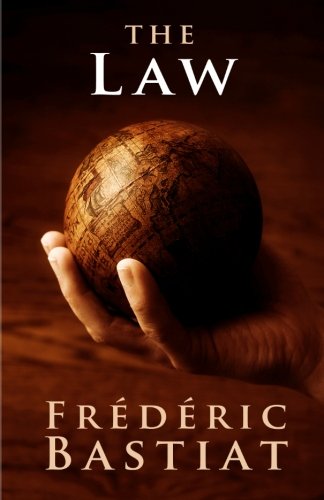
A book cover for The Law; Frederic Bastiat; Law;